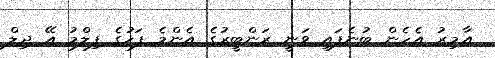
އާމިރު އެހެން ބުނެފައި ވަނީ ރަންބީރުގެ އެންމެ ފަހުގެ ފިލްމު އޭ ދިލް